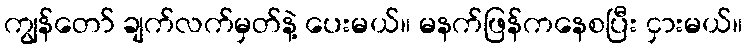
ကျွန်တော် ချက်လက်မှတ်နဲ့ ပေးမယ်။ မနက်ဖြန်ကနေစပြီး ငှားမယ်။